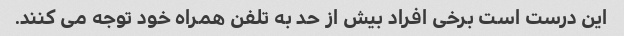
این درست است برخی افراد بیش از حد به تلفن همراه خود توجه می کنند.